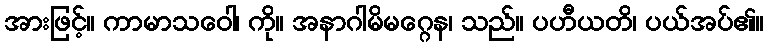
အားဖြင့်။ ကာမာသဝေါ၊ ကို။ အနာဂါမိမဂ္ဂေန၊ သည်။ ပဟီယတိ၊ ပယ်အပ်၏။